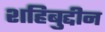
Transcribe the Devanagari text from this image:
शहिबुद्दीन